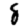
Digit: 8